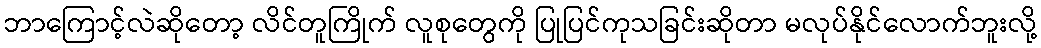
ဘာကြောင့်လဲဆိုတော့ လိင်တူကြိုက် လူစုတွေကို ပြုပြင်ကုသခြင်းဆိုတာ မလုပ်နိုင်လောက်ဘူးလို့